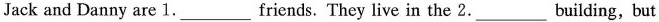
Jack and Danny are 1.___ friends. They live in the 2.___ building,but